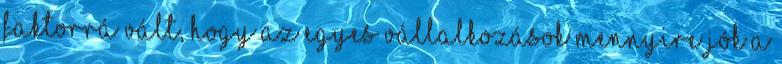
faktorrá vált, hogy az egyes vállalkozások mennyire jók a